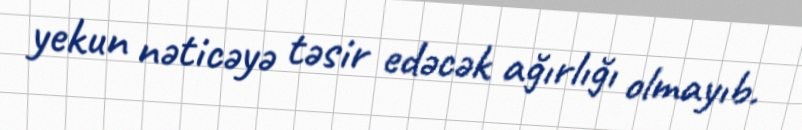
yekun nəticəyə təsir edəcək ağırlığı olmayıb.